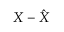
X - { \hat { X } }